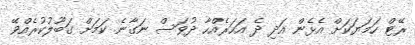
ރޭޓް ހަމަޔަކަށް އެޅެން އަދި ދެ އަހަރެއްހާ ދުވަސް ނަގާނެ ކަމަށް ގަބޫލުކުރެއްވޭ